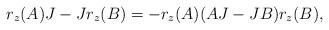
LaTeX: \begin{align*}r_z(A)J - J r_z(B) = - r_z(A)(AJ - J B) r_z(B),\end{align*}